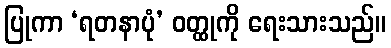
ပြုကာ ‘ရတနာပုံ’ ဝတ္ထုကို ရေးသားသည်။